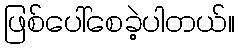
ဖြစ်ပေါ်စေခဲ့ပါတယ်။